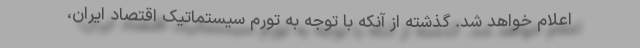
اعلام خواهد شد. گذشته از آنکه با توجه به تورم سیستماتیک اقتصاد ایران،